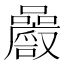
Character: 𡅝